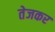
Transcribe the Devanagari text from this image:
तेजकर